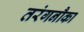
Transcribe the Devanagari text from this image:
तरंगनौका